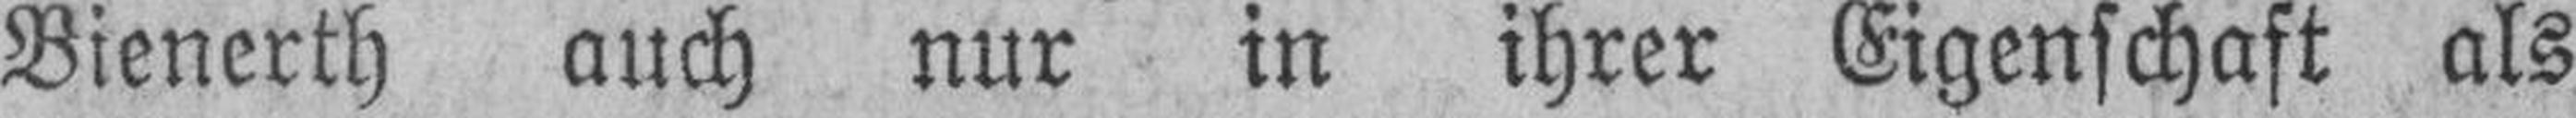
Bienerth auch nur in ihrer Eigenschaft als